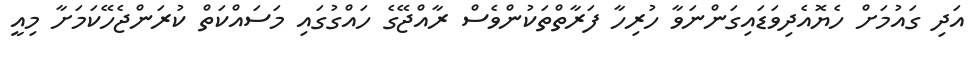
އަދި ގައުމަށް ހެޔޮއެދިވަޑައިގަންނަވާ ހުރިހާ ފަރާތްތަކުންވެސް ރާއްޖޭގެ ހައްގުގައި މަސައްކަތް ކުރަންޖެހޭކަމަށާ މިއީ